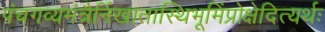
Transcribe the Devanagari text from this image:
पंचगव्यमंत्रैर्निखातास्थिभूमिंप्रोक्षेदित्यर्थः